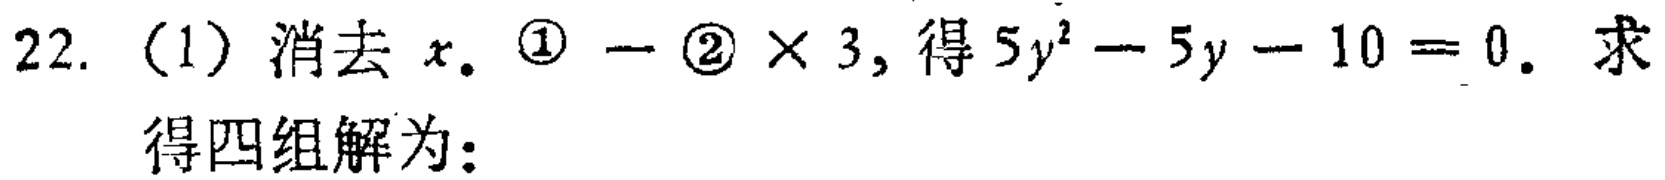
22. （1）消去 \(x\). \textcircled{1} - \textcircled{2} \(\times 3\), 得 \(5y^{2}-5y - 10 = 0\). 求得四组解为：